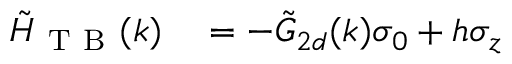
\begin{array} { r l } { \tilde { H } _ { \mathrm { ~ T ~ B ~ } } ( k ) } & { { } = - \tilde { G } _ { 2 d } ( k ) \sigma _ { 0 } + h \sigma _ { z } } \end{array}